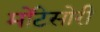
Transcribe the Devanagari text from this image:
मोंटेसोरी